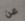
عن